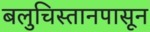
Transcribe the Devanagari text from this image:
बलुचिस्तानपासून